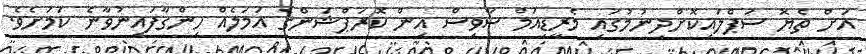
އަށް ތެޔޮ ސަޕްލައިކޮށްދިނުމުގައި މެރީޑިއަމް ސާވިސް އިން ކޮރަޕްޝަންގެ އަމަލެއް ހިންގާފައިނުވާނެ ކަމަށެވެ.